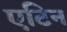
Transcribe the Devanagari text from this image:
एटिन